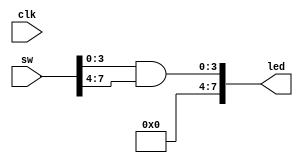
module top (
    input  wire clk,

    input  wire [7:0] sw,
    output wire [7:0] led,
);
    assign led = {4'b0, sw[3:0] & sw[7:4]};
endmodule